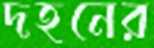
দহনের